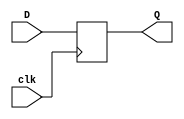
`timescale 1ns / 1ps
//////////////////////////////////////////////////////////////////////////////////

// ID          : N180116
//Branch       : ECE
//Project Name : RTL design using Verilog
//Design  Name : Simple Register
//Module  Name : simple_register
//RGUKT NUZVID 
//////////////////////////////////////////////////////////////////////////////////


module simple_register #(parameter N=5)(clk,D,Q);
input clk;
input [N-1:0]D;
output [N-1:0] Q;

reg [N-1:0]q_next,q_reg;

always@(posedge clk)
begin
	q_reg  = q_next;
end

always@(D)
begin
	q_next = D;
end
 
assign Q = q_reg;
endmodule